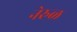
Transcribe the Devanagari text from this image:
नेरुळ